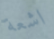
اشعة